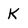
Character: K